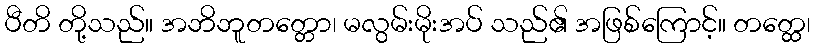
ပီတိ တို့သည်။ အဘိဘူတတ္တော၊ မလွမ်းမိုးအပ် သည်၏ အဖြစ်ကြောင့်။ တတ္ထေ၊